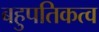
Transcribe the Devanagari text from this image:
बहुपतिकत्व